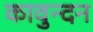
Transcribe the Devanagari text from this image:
कावुन्दन